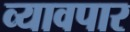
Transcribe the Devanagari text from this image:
व्यावपार